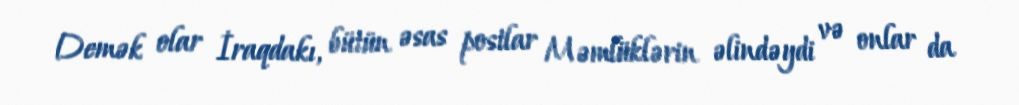
Demək olar İraqdakı, bütün əsas postlar Məmlüklərin əlindəydi və onlar da